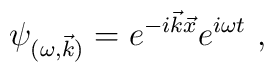
\psi _{(\omega ,\vec{k})}=e^{-i\vec{k}\vec{x}}e^{i\omega t}~,